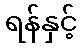
ရန်နှင့်